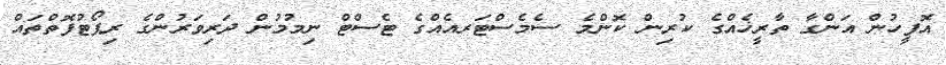
އޮފީހުން އަންގާ ތާރީޚެއްގެ ކުރިން ކޮންމެ ސެމެސްޓަރއެއްގެ ޓެސްޓް ނިމުމުން ދަރިވަރުންގެ ރިޕޯޓުފޮތްތައް